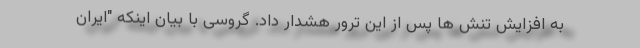
به افزایش تنش ها پس از این ترور هشدار داد. گروسی با بیان اینکه "ایران